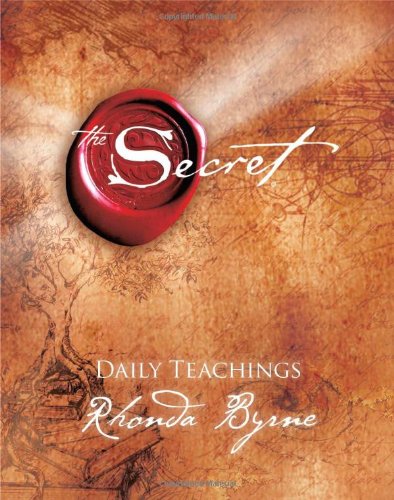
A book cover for The Secret Daily Teachings; Rhonda Byrne; Religion & Spirituality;